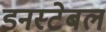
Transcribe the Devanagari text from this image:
डनस्टेबल